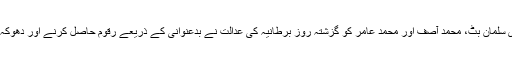
واضح رہے کہ پاکستان کے تین کھلاڑی سلمان بٹ، محمد آصف اور محمد عامر کو گزشتہ روز برطانیہ کی عدالت نے بدعنوانی کے ذریعے رقوم حاصل کرنے اور دھوکہ دہی کے مقدمے میں مجرم قرار دیا تھا۔